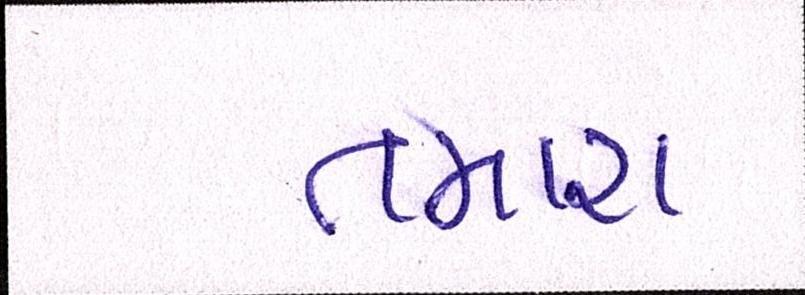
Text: તમારા